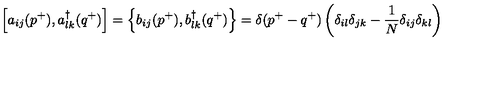
\left[ a _ { i j } ( p ^ { + } ) , a _ { l k } ^ { \dagger } ( q ^ { + } ) \right] = \left\{ b _ { i j } ( p ^ { + } ) , b _ { l k } ^ { \dagger } ( q ^ { + } ) \right\} = \delta ( p ^ { + } - q ^ { + } ) \left( \delta _ { i l } \delta _ { j k } - \frac { 1 } { N } \delta _ { i j } \delta _ { k l } \right)